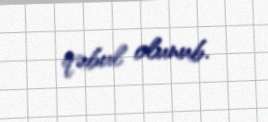
qəbul olunub.